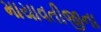
માયાવતીજીના